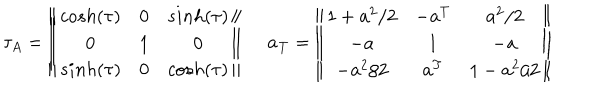
LaTeX: \tau _ { A } = \left\| \begin{array} { c c c } { { c o s h ( \tau ) } } & { { 0 } } & { { s i n h ( \tau ) } } \\ { { 0 } } & { { 1 } } & { { 0 } } \\ { { s i n h ( \tau ) } } & { { 0 } } & { { c o s h ( \tau ) } } \\ \end{array} \right\| \ \quad { \bf a } _ { \bf T } = \left\| \begin{array} { c c c } { { 1 + { \bf a } ^ { 2 } / 2 } } & { { - { \bf a } ^ { T } } } & { { { \bf a } ^ { 2 } / 2 } } \\ { { - { \bf a } } } & { { 1 } } & { { - { \bf a } } } \\ { { - { \bf a } ^ { 2 } / 2 } } & { { { \bf a } ^ { T } } } & { { 1 - { \bf a } ^ { 2 } / 2 } } \\ \end{array} \right\| \